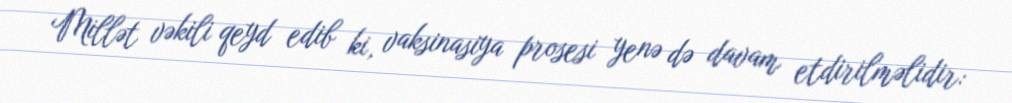
Millət vəkili qeyd edib ki, vaksinasiya prosesi yenə də davam etdirilməlidir: